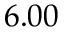
6 . 0 0